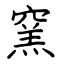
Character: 窯